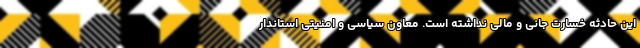
این حادثه خسارت جانی و مالی نداشته است. معاون سیاسی و امنیتی استاندار